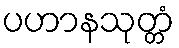
ပဟာနသုတ္တံ